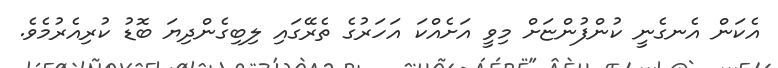
އެކަން އެނގެނީ ކުންފުންޏަށް މިވީ އަށެއްކަ އަހަރުގެ ތެރޭގައި ލިބިގެންދިޔަ ބޮޑު ކުރިއެރުމެވެ.